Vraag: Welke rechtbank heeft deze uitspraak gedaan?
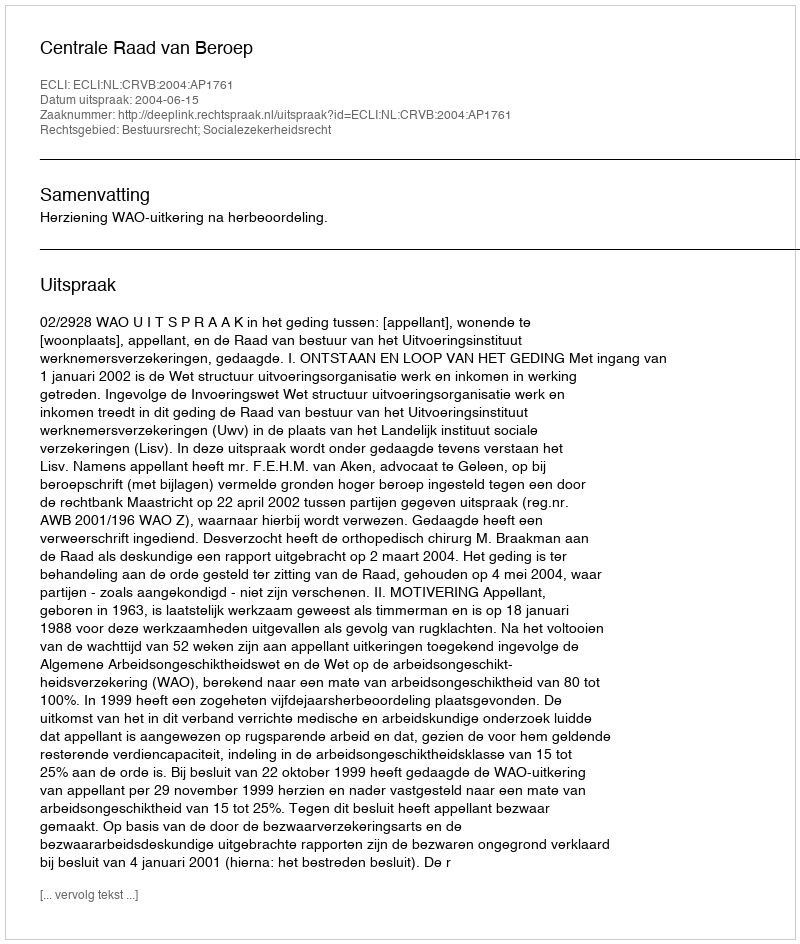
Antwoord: Centrale Raad van Beroep